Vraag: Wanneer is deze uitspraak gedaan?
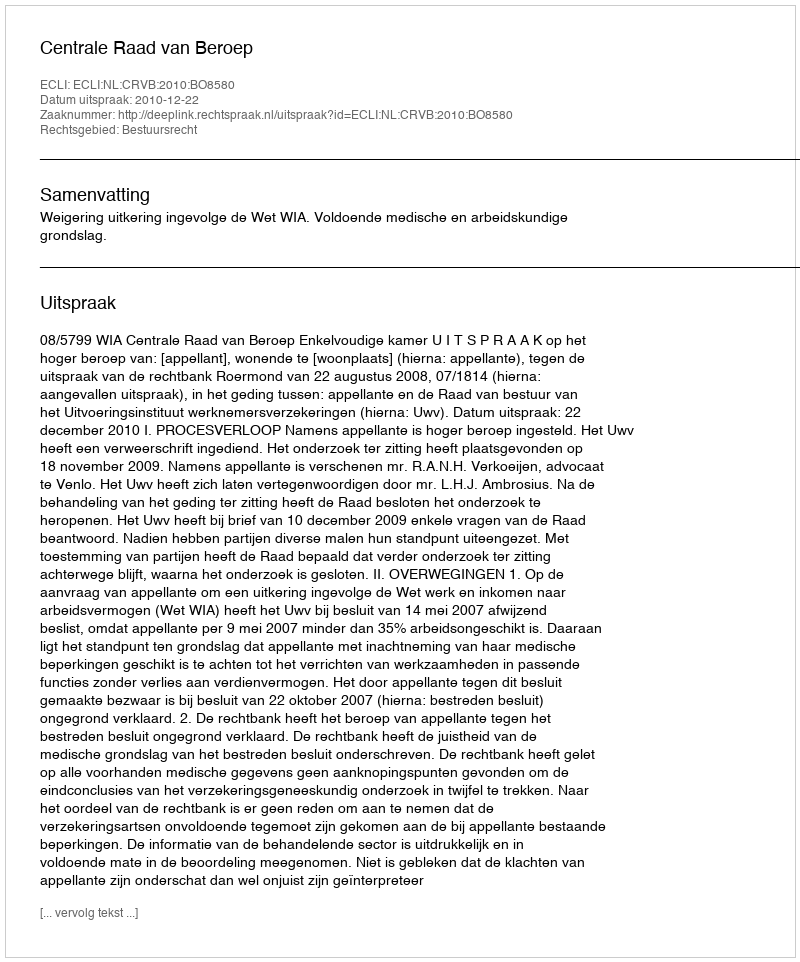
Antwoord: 2010-12-22